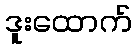
ဒူးထောက်